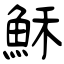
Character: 穌